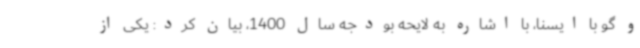
و گو با ایسنا، با اشاره به لایحه بودجه سال 1400، بیان کرد: یکی از